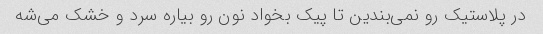
در پلاستیک رو نمی‌بندین تا پیک بخواد نون رو بیاره سرد و خشک می‌شه